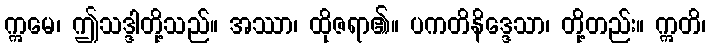
ဣမေ၊ ဤသဒ္ဒါတို့သည်။ အဿာ၊ ထိုဇရာ၏။ ပကတိနိဒ္ဒေသာ၊ တို့တည်း။ ဣတိ၊